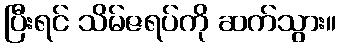
ပြီးရင် သိမ်ဇရပ်ကို ဆက်သွား။